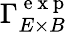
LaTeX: {\Gamma}_{E\times B}^{\mathrm{~e~x~p~}}